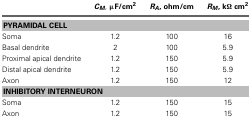
|  | CM, μF/cm2 | RA, ohm/cm | RM, kΩ cm2 |
 | --- | --- | --- | --- |
 | <COLSPAN=4> PYRAMIDAL CELL |
 | Soma | 1.2 | 100 | 16 |
 | Basal dendrite | 2 | 100 | 5.9 |
 | Proximal apical dendrite | 1.2 | 150 | 5.9 |
 | Distal apical dendrite | 1.2 | 150 | 5.9 |
 | Axon | 1.2 | 150 | 12 |
 | <COLSPAN=4> INHIBITORY INTERNEURON |
 | Soma | 1.2 | 150 | 15 |
 | Axon | 1.2 | 150 | 15 |